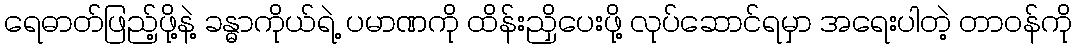
ရေဓာတ်ဖြည့်ဖို့နဲ့ ခန္ဓာကိုယ်ရဲ့ ပမာဏကို ထိန်းညှိပေးဖို့ လုပ်ဆောင်ရမှာ အရေးပါတဲ့ တာဝန်ကို